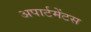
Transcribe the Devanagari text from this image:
अपार्टमेंटस